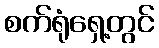
စက်ရုံရှေ့တွင်